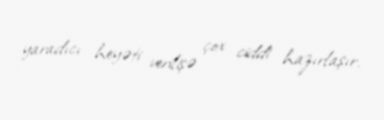
yaradıcı heyəti verilişə çox ciddi hazırlaşır.